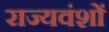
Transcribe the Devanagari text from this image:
राज्यवंशों